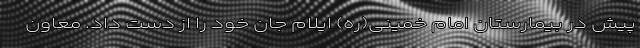
پیش در بیمارستان امام خمینی(ره) ایلام جان خود را از دست داد. معاون